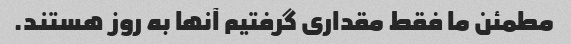
مطمئن ما فقط مقداری گرفتیم آنها به روز هستند.